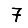
Digit: 7